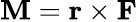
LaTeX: \mathbf{M}=\mathbf{r}\times\mathbf{F}